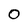
Character: 0